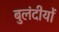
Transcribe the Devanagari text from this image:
बुलंदीयों